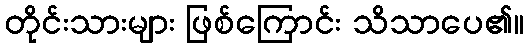
တိုင်းသားများ ဖြစ်ကြောင်း သိသာပေ၏။